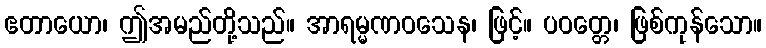
ဧတာယော၊ ဤအမည်တို့သည်။ အာရမ္မဏဝသေန၊ ဖြင့်။ ပဝတ္တေ၊ ဖြစ်ကုန်သော။